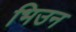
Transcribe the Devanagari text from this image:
भिउन